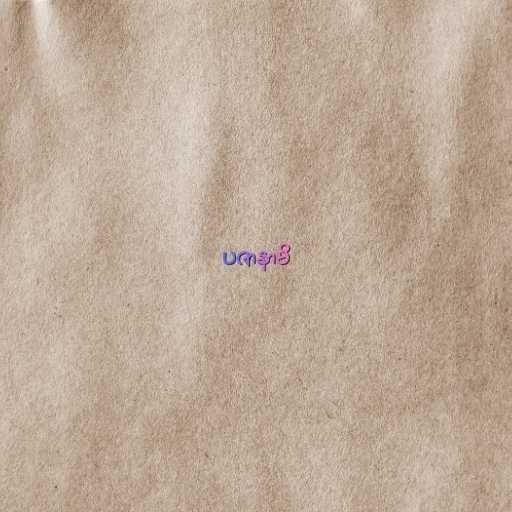
ပဇာနာမိ